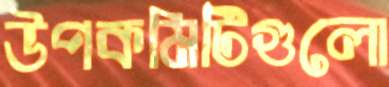
উপকমিটিগুলো